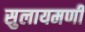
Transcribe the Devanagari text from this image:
सुलायमणी